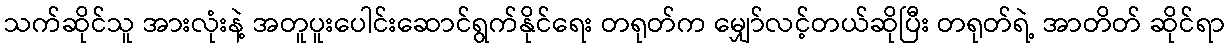
သက်ဆိုင်သူ အားလုံးနဲ့ အတူပူးပေါင်းဆောင်ရွက်နိုင်ရေး တရုတ်က မျှော်လင့်တယ်ဆိုပြီး တရုတ်ရဲ့ အာတိတ် ဆိုင်ရာ